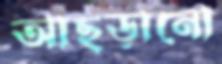
আছড়ানো